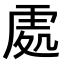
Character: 𠙚